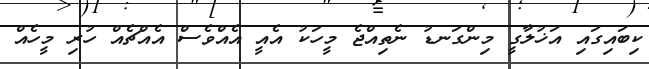
ކިބައިގައި އަޚުލާގީ މިންގަނޑު ނެތިއްޖެ މީހަކު އެއީ އެއްވެސް އެއްޗެއް ހުރި މީހެއް